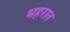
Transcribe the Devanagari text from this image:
भहरात